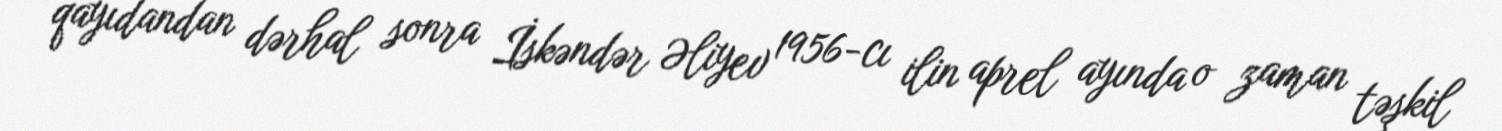
qayıdandan dərhal sonra İskəndər Əliyev 1956-cı ilin aprel ayında o zaman təşkil